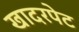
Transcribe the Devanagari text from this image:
खादरपेट